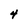
Character: 4